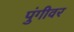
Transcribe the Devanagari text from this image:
पुंगीवर